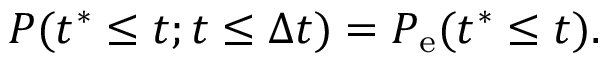
P ( t ^ { \ast } \leq t ; t \leq \Delta t ) = P _ { \mathrm { e } } ( t ^ { \ast } \leq t ) .